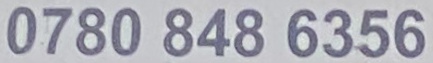
0780 848 6356